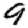
Digit: 9